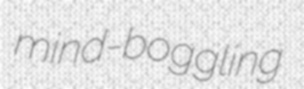
mind-boggling